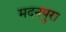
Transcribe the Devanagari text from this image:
मदनपुरा